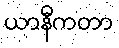
ယာနီကတာ